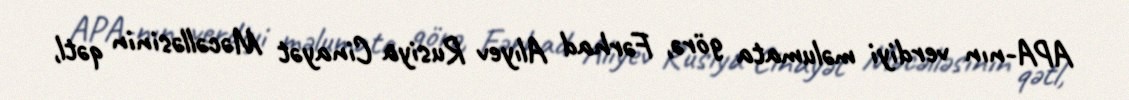
APA-nın verdiyi məlumata görə, Fərhad Alıyev Rusiya Cinayət Məcəlləsinin qətl,